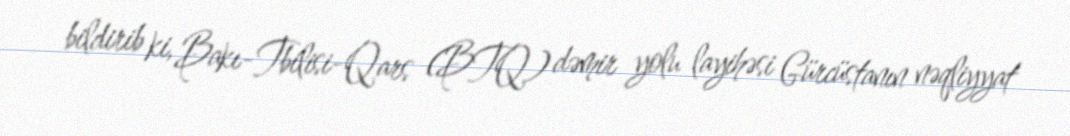
bildirib ki, Bakı-Tbilisi-Qars (BTQ) dəmir yolu layihəsi Gürcüstanın nəqliyyat